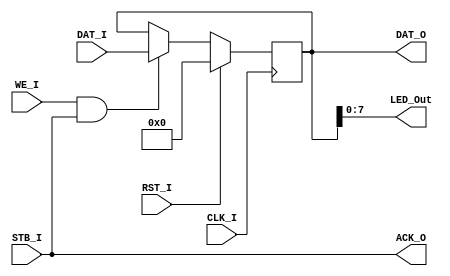
module LED(CLK_I ,RST_I,  STB_I , WE_I , DAT_I, DAT_O, ACK_O, LED_Out);
    input [31:0]DAT_I;
    input CLK_I,RST_I,WE_I,STB_I;
    output ACK_O;
    output reg [31:0]DAT_O;
    output [7:0]LED_Out;
    always@(posedge CLK_I)
    if(RST_I)
       DAT_O<=32'b0;
    else if (WE_I&&STB_I)
       DAT_O<=DAT_I;
    assign ACK_O= STB_I;
    assign LED_Out= DAT_O[7:0];
endmodule